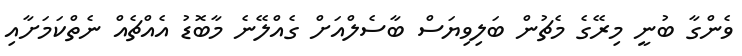
ވެންގާ ބުނީ މިރޭގެ މެޗުން ބަލިވިޔަސް ބާސެލްއަށް ގެއްލޭނެ މާބޮޑު އެއްޗެއް ނެތްކަމަށާއި